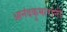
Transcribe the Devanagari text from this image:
आनंदकुमारांनी